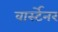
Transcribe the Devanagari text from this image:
वार्स्टेनर